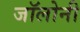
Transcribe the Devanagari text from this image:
जॉलोनी